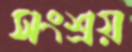
সংশ্রয়